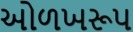
ઓળખરૂપ